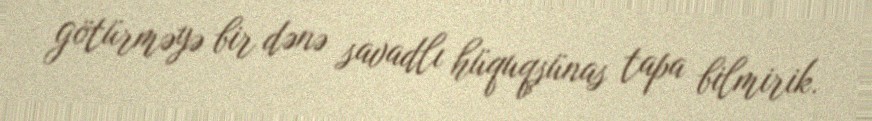
götürməyə bir dənə savadlı hüquqşünas tapa bilmirik.